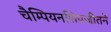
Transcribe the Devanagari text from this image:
चैम्पियनशिपजीतने